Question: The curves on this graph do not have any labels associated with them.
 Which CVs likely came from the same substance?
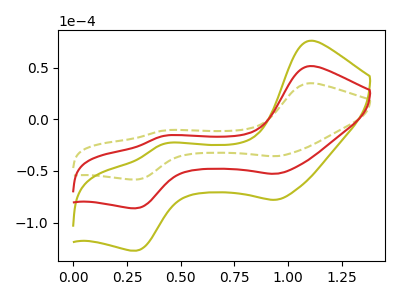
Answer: <think>The olive dashed curve "olive dashed" has anodic peaks at (1.10V, 34.80uA) (0.40V, -10.95uA) and cathodic peaks at (0.95V, -35.75uA) (0.30V, -58.30uA). The olive curve "olive" has anodic peaks at (1.10V, 102.70uA) (0.40V, -32.40uA) and cathodic peaks at (0.95V, -105.55uA) (0.30V, -172.15uA). The red curve "red" has anodic peaks at (1.10V, 51.35uA) (0.40V, -16.20uA) and cathodic peaks at (0.95V, -52.75uA) (0.30V, -86.10uA).
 All the peaks in "olive dashed" have a peak in "olive" at the same potential. All the peaks in "olive dashed" have a peak in "red" at the same potential. All the peaks in "olive" have a peak in "red" at the same potential.</think>
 <answer>"olive dashed", "olive" and "red" have the same shape and are likely CV's of the same chemical.</answer>
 <eval>"olive dashed" "olive" "red"</eval>